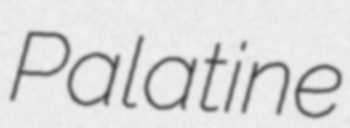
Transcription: Palatine